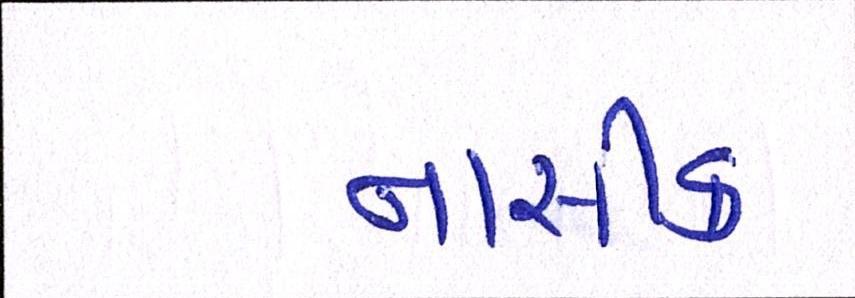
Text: નાસીક